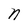
Character: n